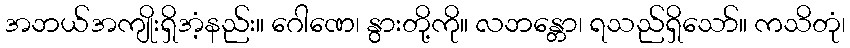
အဘယ်အကျိုးရှိအံ့နည်း။ ဂေါဏေ၊ နွားတို့ကို။ လဘန္တော၊ ရသည်ရှိသော်။ ကသိတုံ၊